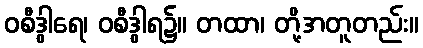
ဝစီဒွါရေ၊ ဝစီဒွါရ၌။ တထာ၊ တို့အတူတည်း။